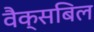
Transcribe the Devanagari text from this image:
वैक्सबिल